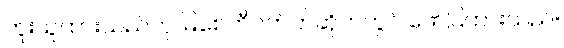
ကူးယူထားသည်ဟု မြစေတီဝက်ဘ်ဆိုက်တွင် ဖော်ပြထားသည်။